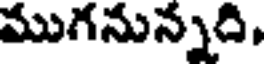
ముగనున్నది,